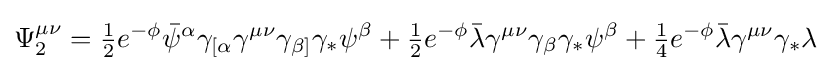
\Psi _{2}^{\mu \nu }={\tfrac {1}{2}}e^{-\phi }{\bar {\psi }}^{\alpha }\gamma _{[\alpha }\gamma ^{\mu \nu }\gamma _{\beta ]}\gamma _{*}\psi ^{\beta }+{\tfrac {1}{2}}e^{-\phi }{\bar {\lambda }}\gamma ^{\mu \nu }\gamma _{\beta }\gamma _{*}\psi ^{\beta }+{\tfrac {1}{4}}e^{-\phi }{\bar {\lambda }}\gamma ^{\mu \nu }\gamma _{*}\lambda